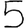
Digit: 5